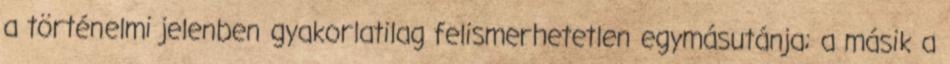
a történelmi jelenben gyakorlatilag felismerhetet­len egymás­u­tánja; a másik a